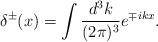
LaTeX: \begin{align*}\delta^{\pm}(x)=\int \frac{d^3k}{(2\pi)^3} e^{\mp ikx} .\end{align*}